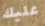
عليك